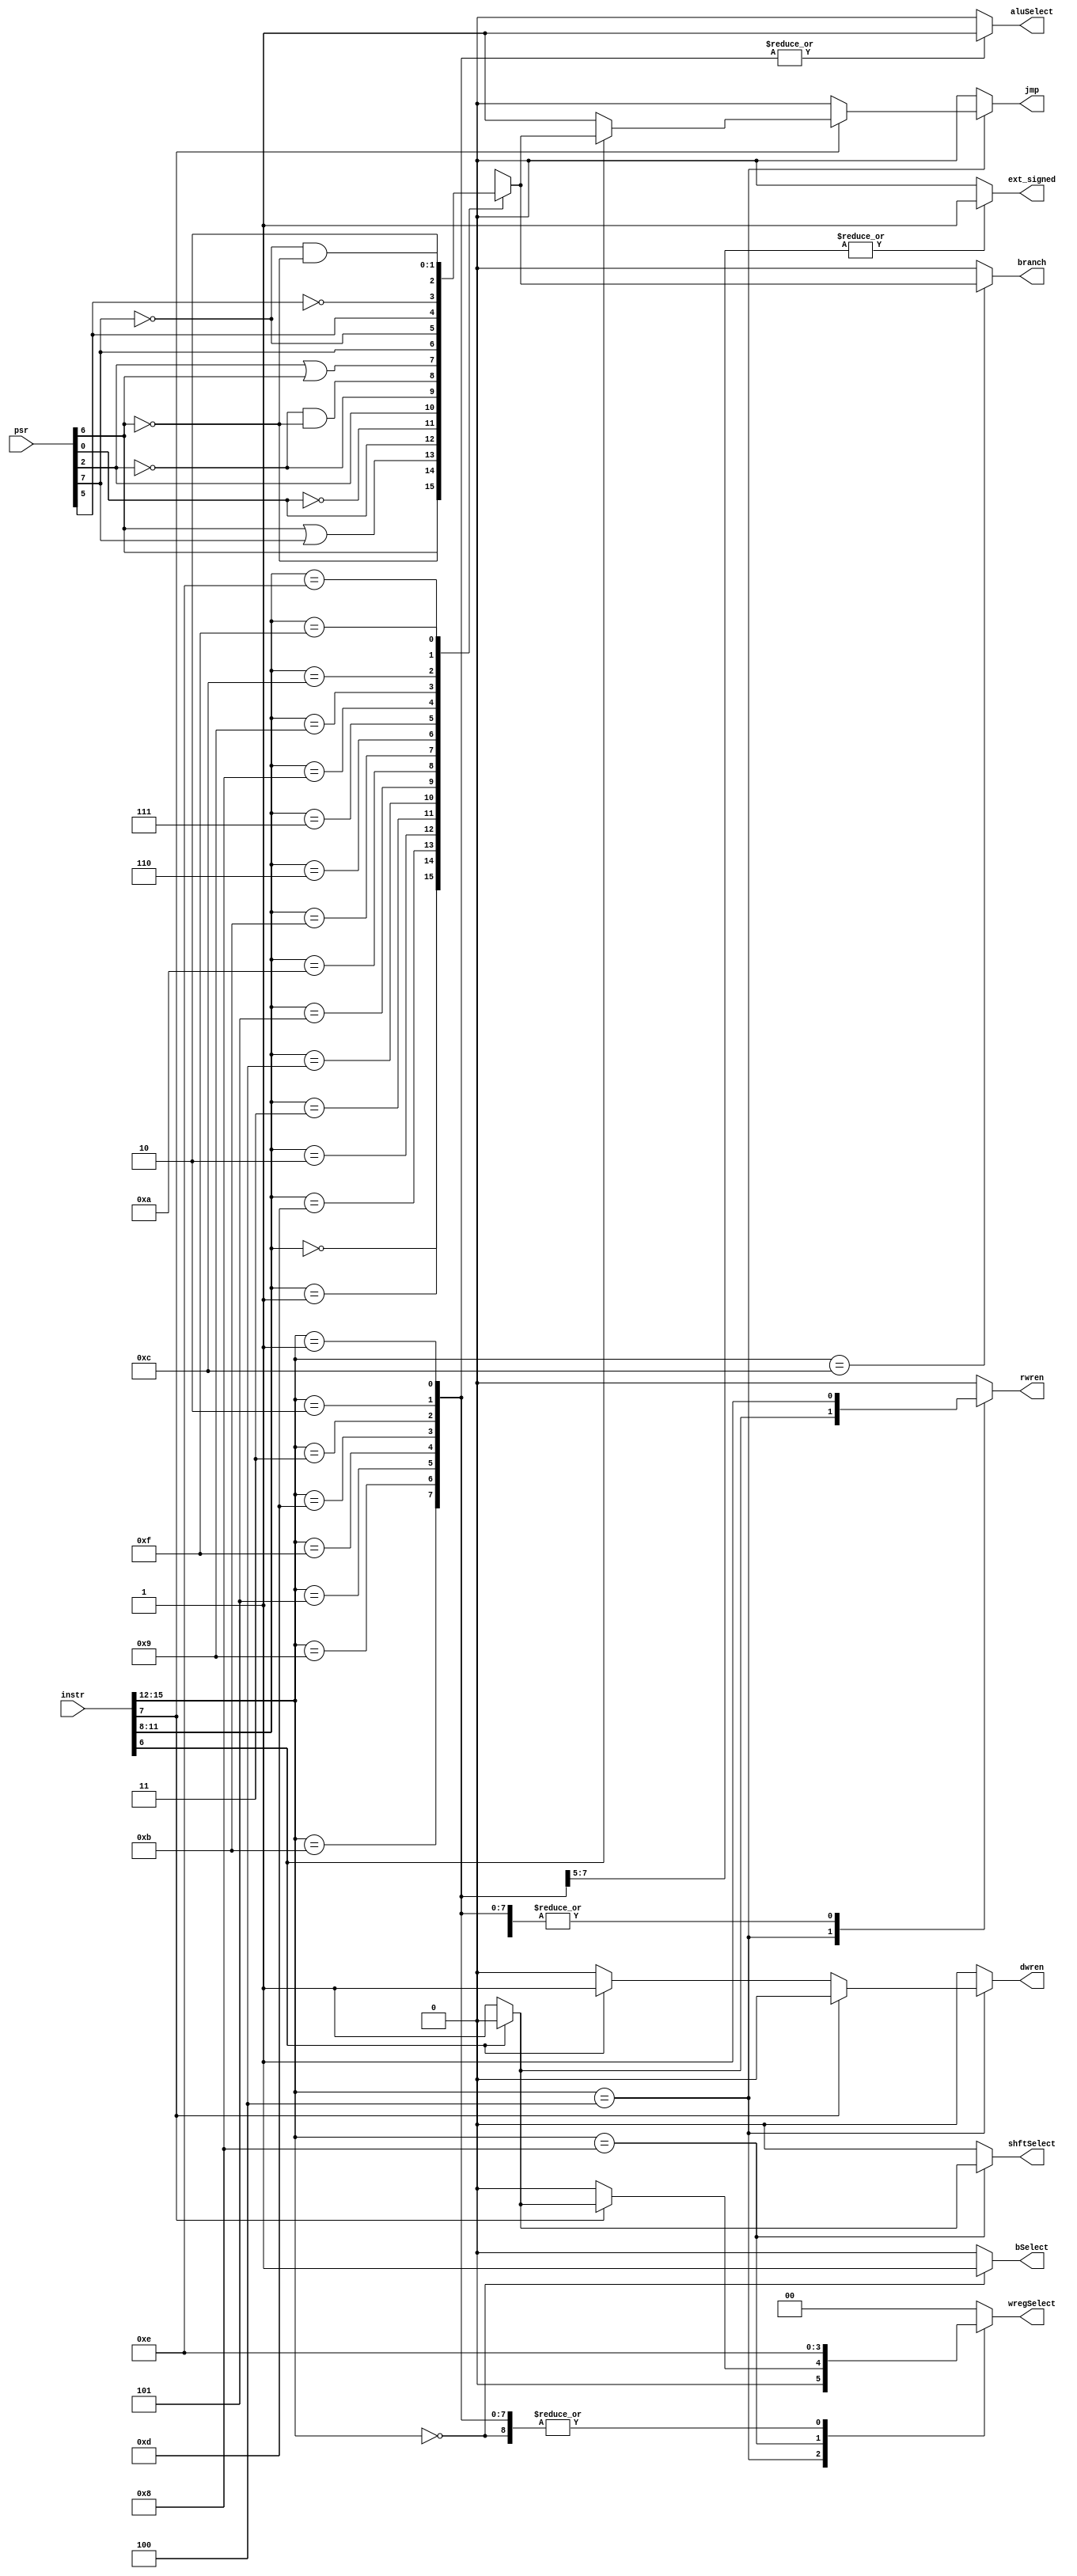
module control_unit(
	 output reg ext_signed,		// Sign Extend Select
	 output reg bSelect,			// ALU B input select
	 output reg shftSelect,		// Shifter Input Select
	 output reg aluSelect,		// ALU OpCode Select
	 output reg [1:0] wregSelect,	// Register File Input Select
	 output reg jmp,				// Jump Select
	 output reg branch,			// Branch Select
	 output reg rwren,				// Register File Write Enable
	 output reg dwren,				// Data Memory Write Enable
	 input [15:0] instr,		// Instruction
	 input [15:0] psr			// Program Status Registers (Flags)
    );
	
	
	reg condflag;			// Condition Flag
	wire [3:0] cond;		// Condition Select
	wire [3:0] opcode; 	// Op Code
	wire st_ld;				// Load = 0, Store = 1;
	wire mem_jmp;			// Mem = 0, Jmp = 1; 
	
	assign cond = instr[11:8];
	assign opcode = instr[15:12];
	assign st_ld = instr[6];
	assign mem_jmp = instr[7];
	
	// Sets condflag
	always @(*)
	begin
		
		// psr[0] = C;
		//	psr[2] = L;
		//	psr[5] = F;
		//	psr[6] = Z;
		//	psr[7] = N;
		
		case(cond)
			4'b0000: condflag = psr[6];	// Equal
			4'b0001: condflag = !psr[6];	// Not Equal
			4'b1101: condflag = psr[6] || psr[7];	// Greater Then or Equal
			4'b0010: condflag = psr[0];	// Carry Set
			
			4'b0011: condflag = !psr[0];	// Carry Clear
			4'b0100: condflag = psr[2];	// Higher Then
			4'b0101: condflag = !psr[2];	// Lower Then or Same As
			4'b1010: condflag = !psr[2] && !psr[6];	// Lower Then
			
			4'b1011: condflag = psr[2] || psr[6];	// Higher Then or Same As
			4'b0110: condflag = psr[7];	// Greater Then
			4'b0111: condflag = !psr[7];	// Less Then or Equal
			4'b1000: condflag = psr[5];	// Flag Set
			
			4'b1001: condflag = !psr[5];	// Flag Clear
			4'b1100: condflag = !psr[7] && !psr[6];	// Less Then
			4'b1110: condflag = 1'b1;	// Unconditional Jump
			4'b1111: condflag = 1'b0;	// Never Jump (NOP)
			
			default: condflag = 1'b0;
		endcase 
		
	end
	
	// Set control signals
	always @(*)
	begin
		
		ext_signed = 0;
		bSelect = 0;
		shftSelect = 0;
		aluSelect = 0;
		wregSelect = 2'b00;
		jmp = 0;
		branch = 0;
		rwren = 0;
		dwren = 0;
		
	
		case(opcode)
			4'b0000:	 begin
							 bSelect = 1;				// Select Register B Output as B input to ALU
							 aluSelect = 0;			// Get ALU opcode from [7:4]
							 wregSelect = 2'b10;		// Select ALU output
							 rwren = 1;					// Write to Register
						 end
						 
			4'b0100:  if(mem_jmp) begin
							 if(st_ld) begin			// Jcond.
								jmp = condflag;		// Jump if condflag is set.
							 end
							 else begin					// JAL
								jmp = 1'b1;				// Jump unconditionally.
								rwren = 1'b1;			// Register Write is Enabled.
								wregSelect = 2'b01;	// Program counter is written to register file to link.
							 end
						 end
						 else begin
							 if(st_ld) begin			// If Store
								dwren = 1;				// Enable Write to Data Memory
							 end
							 else begin					// If Load
								wregSelect = 2'b00;	// Select Data Memory output to write to register file.
								rwren = 1;				// Enable Register Write
							 end
						 end
						 
			
			4'b1100:	 branch = condflag;		// Bcond. Branch if condflag is set.
			
			4'b1000:  begin
							 rwren = 1;					// Enable Register File Write
							 wregSelect = 2'b11;		// Select Shifter Output to Write
							 if(st_ld) begin			// LSH.
								shftSelect = 0;		// Select Register for ShftAmount
							 end
							 else begin					// LSHI.
								shftSelect = 1;		// Select Immediate for ShftAmount
							 end
						 end
			
			4'b0101, 4'b1001, 4'b1011: 			// Immediate ALU Ops with Sign Extension
						 begin
							rwren = 1;				// Enable Register File Write
							wregSelect = 2'b10;	// Select ALU output as Register File Write Input.
							aluSelect = 1;			// Get ALU opcode from instr[15:12]
							bSelect = 0;			// Select Immediate Input for ALU B Input.
							ext_signed = 1;		// Sign Extended Immediate.
						 end
			
			4'b0001, 4'b0010, 4'b0011, 4'b1101, 4'b1111:
						 begin
							rwren = 1;				// Enable Register File Write
							wregSelect = 2'b10;	// Select ALU output as Register File Write Input.
							aluSelect = 1;			// Get ALU opcode from instr[15:12]
							bSelect = 0;			// Select Immediate Input for ALU B Input.
							ext_signed = 0;		// Zero Extended Immediate.			
						 end
		
			default:  begin
							// Do Nothing.
						 end
		endcase
	
	end
	


endmodule